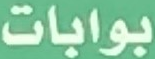
بوابات